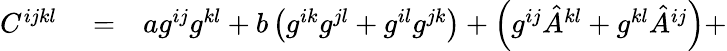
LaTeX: \begin{array}{rlr}{C^{ijkl}}&{{}=}&{ag^{ij}g^{kl}+b\left(g^{ik}g^{jl}+g^{il}g^{jk}\right)+\left(g^{ij}{\hat{A}}^{kl}+g^{kl}{\hat{A}}^{ij}\right)+}\end{array}